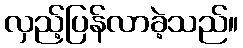
လှည့်ပြန်လာခဲ့သည်။